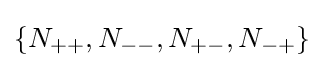
\left\{N_{++},N_{--},N_{+-},N_{-+}\right\}